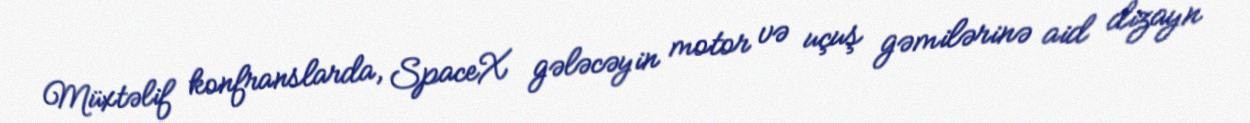
Müxtəlif konfranslarda, SpaceX gələcəyin motor və uçuş gəmilərinə aid dizayn